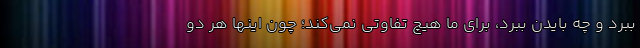
ببرد و چه بایدن ببرد، برای ما هیچ تفاوتی نمی‌کند؛ چون اینها هر دو